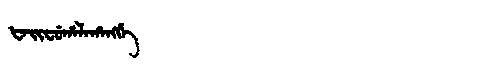
Manchu: ᡶᠠᡳᠸᡠᡥᠠᠯᠠᡥᠠᠩᡤᡝ
Romanization: FAIFUHALAHANGGE